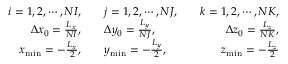
\begin{array} { r l r } { i = 1 , 2 , \cdots , N I , \quad } & { j = 1 , 2 , \cdots , N J , \quad } & { k = 1 , 2 , \cdots , N K , } \\ { \Delta x _ { 0 } = \frac { L _ { x } } { N I } , \quad } & { \Delta y _ { 0 } = \frac { L _ { y } } { N J } , \quad } & { \Delta z _ { 0 } = \frac { L _ { z } } { N K } , } \\ { x _ { \operatorname* { m i n } } = - \frac { L _ { x } } { 2 } , \quad } & { y _ { \operatorname* { m i n } } = - \frac { L _ { y } } { 2 } , \quad } & { z _ { \operatorname* { m i n } } = - \frac { L _ { z } } { 2 } } \end{array}